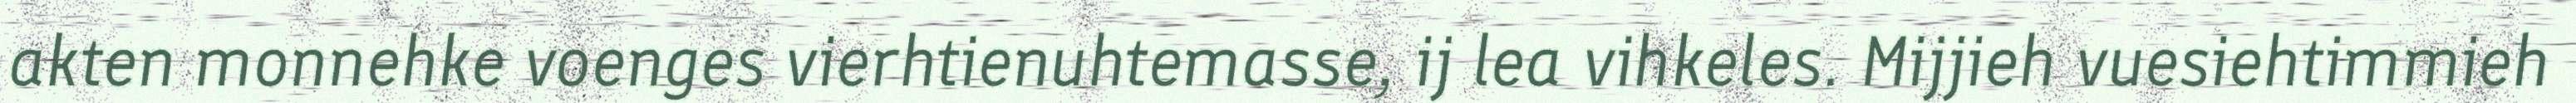
akten monnehke voenges vierhtienuhtemasse, ij lea vihkeles. Mijjieh vuesiehtimmieh